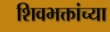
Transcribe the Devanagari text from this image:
शिवभक्तांच्या